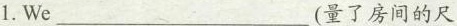
1.We___________ (量了房间的尺